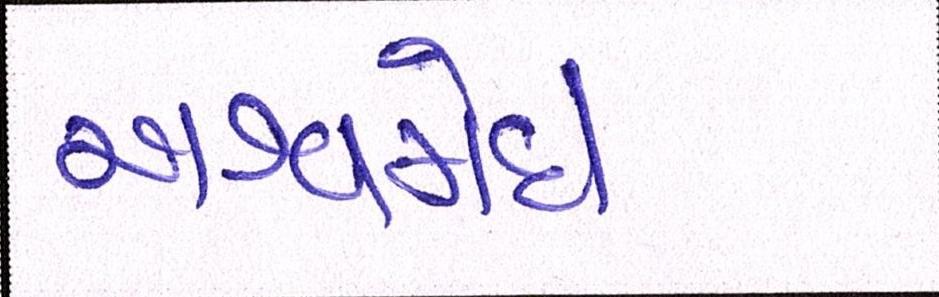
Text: અશ્વમેઘ